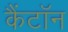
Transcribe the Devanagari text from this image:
कैंटॉन